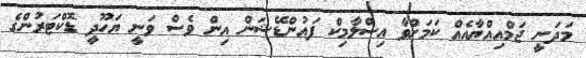
މަދަނީ ޖަމްއިއްޔާއެއް ކަމަށްވާ އިސްލާމިކް ފައުންޑޭޝަން އިން ވެސް ވަނީ ޔަހޫދީ ޑޮކްޓަރުންގެ